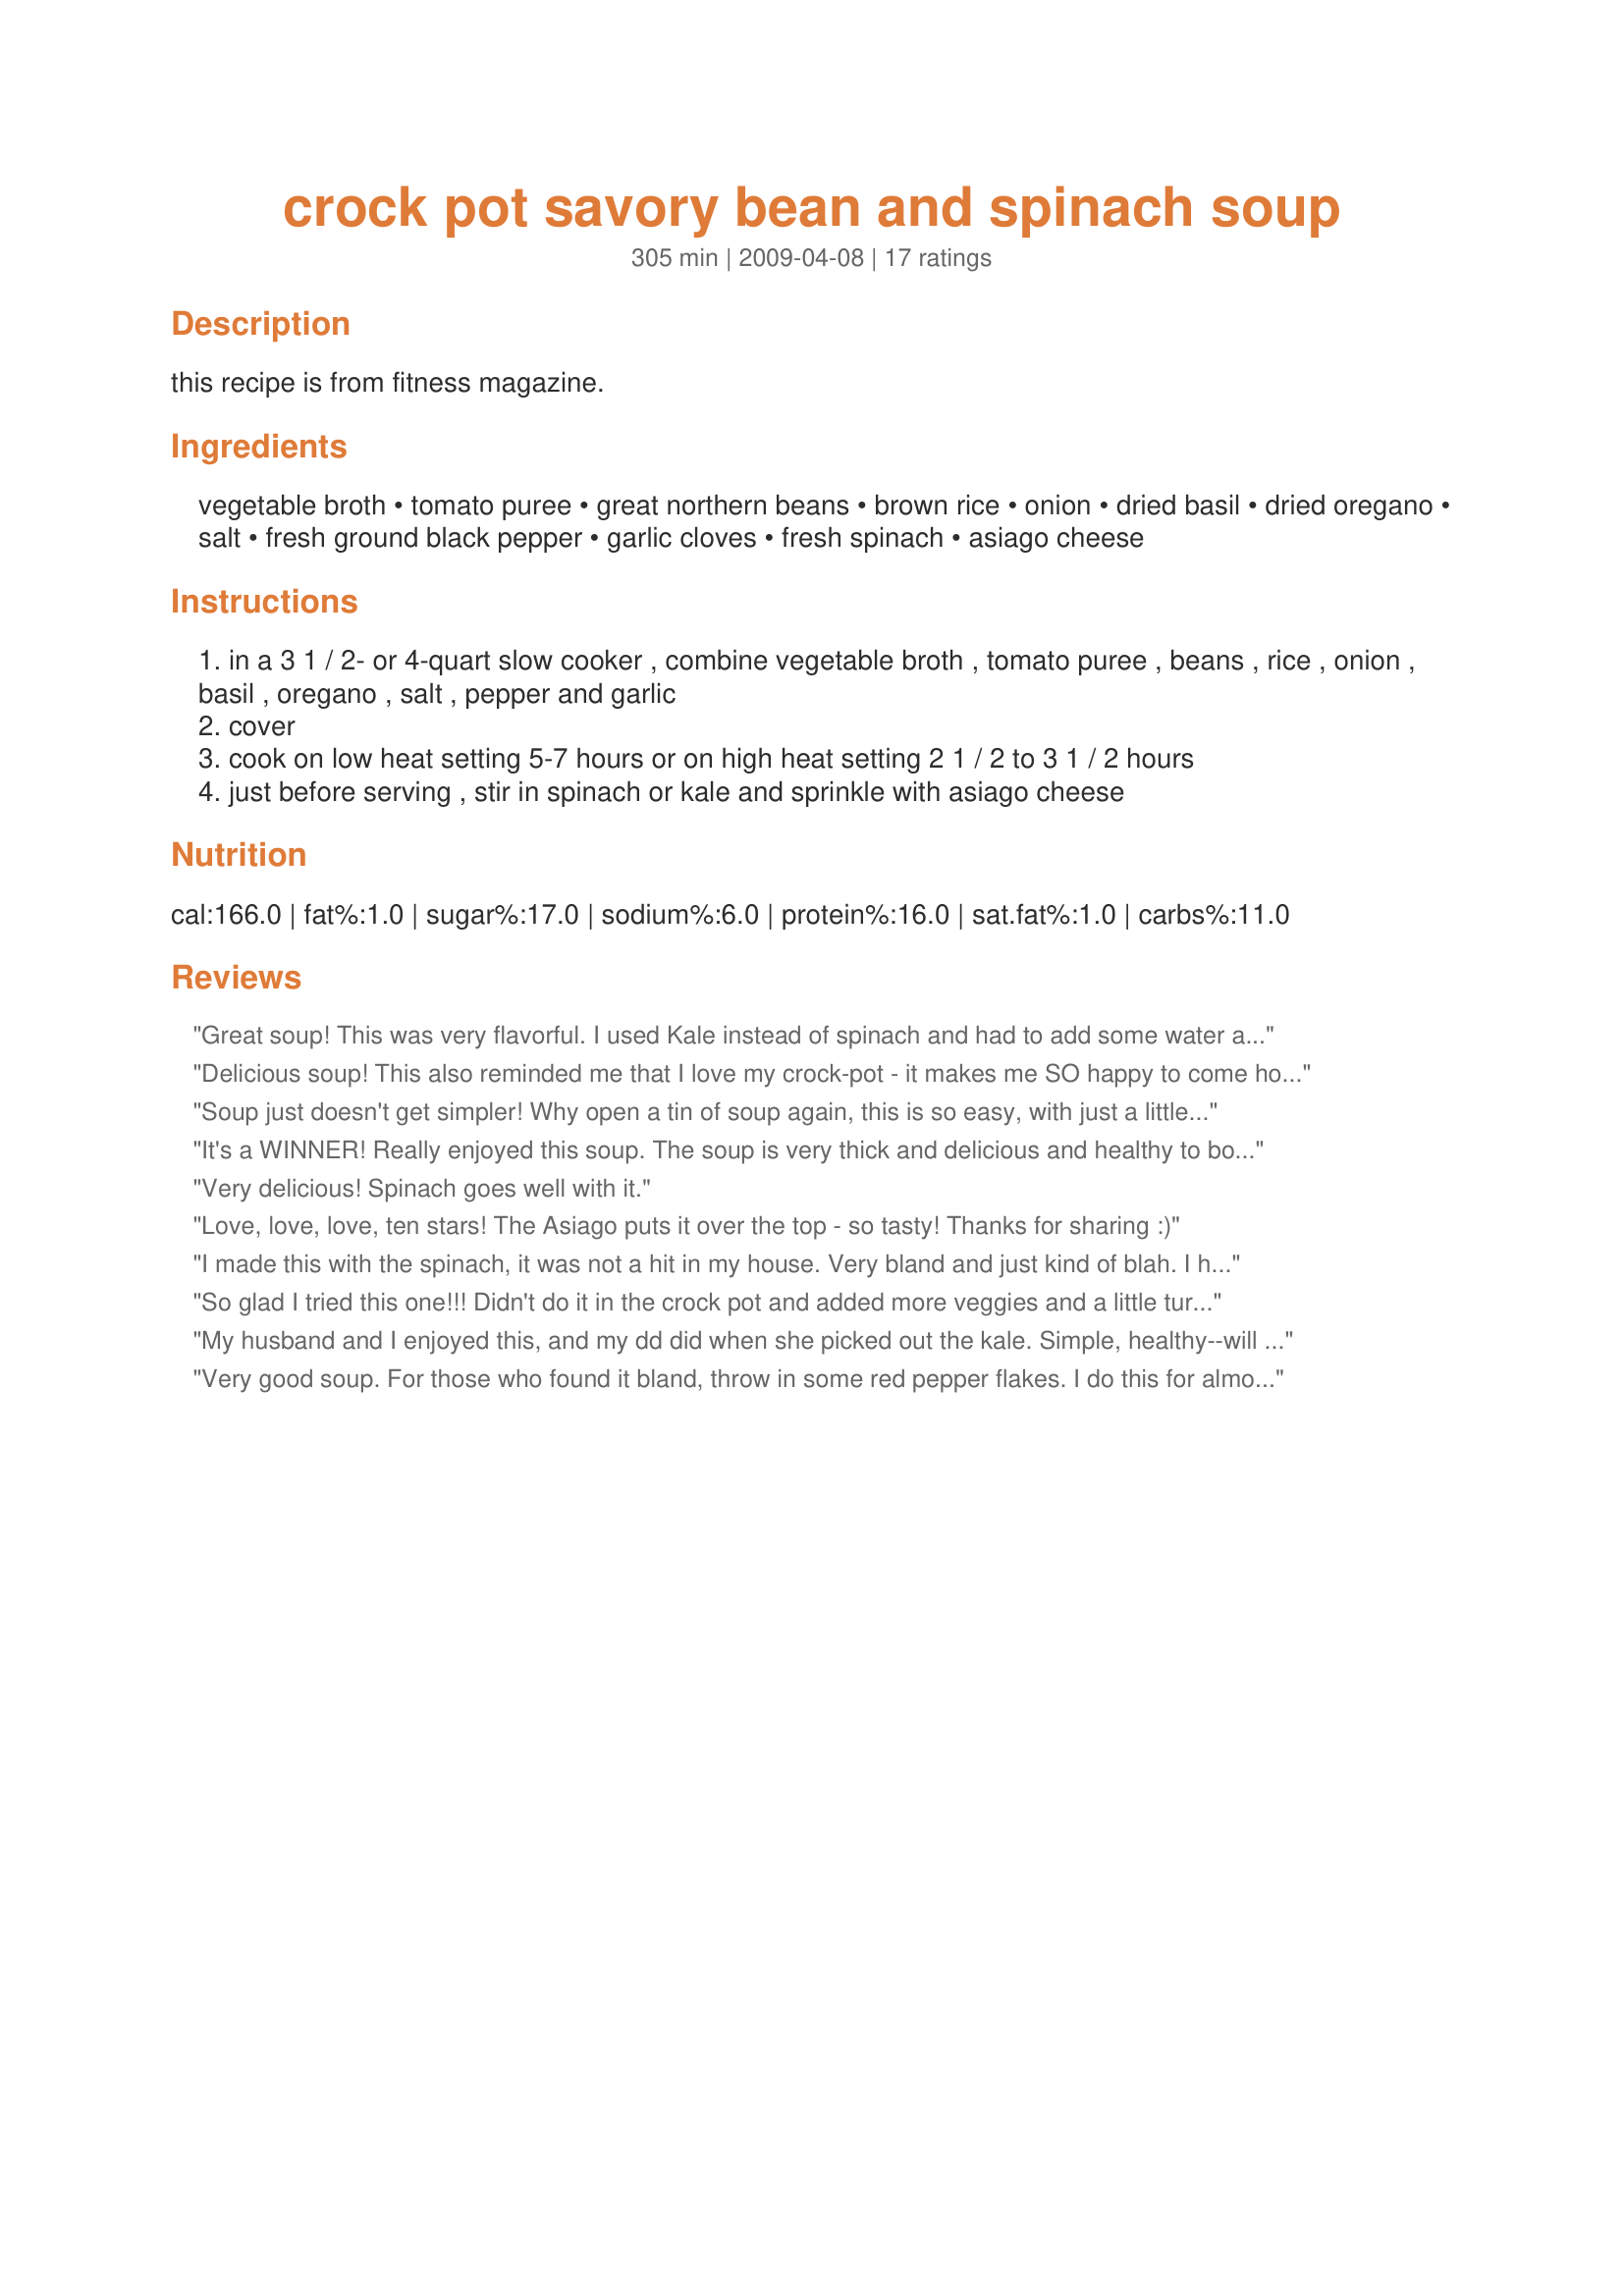
crock pot savory bean and spinach soup
Preparation time: 305 minutes

this recipe is from fitness magazine.

Ingredients:
vegetable broth, tomato puree, great northern beans, brown rice, onion, dried basil, dried oregano, salt, fresh ground black pepper, garlic cloves, fresh spinach, asiago cheese

Steps:
in a 3 1 / 2- or 4-quart slow cooker , combine vegetable broth , tomato puree , beans , rice , onion , basil , oregano , salt , pepper and garlic
cover
cook on low heat setting 5-7 hours or on high heat setting 2 1 / 2 to 3 1 / 2 hours
just before serving , stir in spinach or kale and sprinkle with asiago cheese

Reviews:
Great soup! This was very flavorful. I used Kale instead of spinach and had to add some water as it was getting too thick. Next time I will add more beans and maybe zucchini. Thanks Lainey!
Delicious soup! This also reminded me that I love my crock-pot - it makes me SO happy to come home and NOT have to cook sometimes! Very easy to put together, great flavor, smelled awesome, and cheap too! I used a package of frozen chopped spinach that I thawed out. My BF liked it, but when I mentioned that it would be good with some italian sausage thrown in, he LOVED that idea. May try that next time.
Soup just doesn't get simpler! Why open a tin of soup again, this is so easy, with just a little prep. To be perfectly honest I didn't expect this to be as good as it is, because the ingredients are so simple. But I love it! I followed the recipe exactly, only I was out of those beans and used a tin of black beans instead. Throwing this all into the crock pot really did only take 10 minutes. And it's been on high for about 3 1/2 hours (at 2 1/2 the rice wasn't quite cooked). For me this looks like 4 good sized portions. Thanks Lainey, this is a keeper. :)
It's a WINNER! Really enjoyed this soup. The soup is very thick and delicious and healthy to boot. The only changes I made were to sub crushed tomatoes for puree and to use a cup of frozen chopped spinach instead of fresh (still added it at the end of cooking). Mine too took 3.5 hours to get the rice completed cooked and to be honest, my onion still wasn't complete softened. I skipped the cheese which made this a fabulous vegan lunch. I think you could easily add zucchini to this soup. THANKS!
Very delicious! Spinach goes well with it.
Love, love, love, ten stars! The Asiago puts it over the top - so tasty! Thanks for sharing :)
I made this with the spinach, it was not a hit in my house. Very bland and just kind of blah. <br/>I have enough left over for dinner again. We wont waste it, but I will not make this again.
So glad I tried this one!!! Didn't do it in the crock pot and added more veggies and a little turkey for protein and it was just delicious!!!
My husband and I enjoyed this, and my dd did when she picked out the kale. Simple, healthy--will definitely make it again!
Very good soup. For those who found it bland, throw in some red pepper flakes. I do this for almost all my soups.
This was very good. Even my 8 yr old ate two bowls. (yeah right, spinach?...ewwwww!) I added a bit of salsa and bacon and omitted the rice. (don't care for rice) Plus, the cheese I used was a different white melting cheese b/c I have never seen Asiago sold here. This will be served in my kitchen again. Thanks!
This was just fine. Very hearty but pretty bland. Not sure why it had to be cooked in the crock pot since the flavors weren't very complicated and nothing seemed to benefit from sitting together for several hours. Wasn't a bad soup but nothing stood out to me to want to make it again.
Great flavorful and easy recipe. I have made this multiple times. Delish!
I liked the addition of spinach towards the end . . . it was so fresh and healthy. I thought the taste was sort of bland, but I really like spicy foods so that might be it. My husband thought it was good. Again, I used quinoa, so not sure if that changed the taste of it or not.
This was a great soup - very easy to make and healthy, and delicious. I used lentils (cooked) instead of the rice since I was out of brown rice, and used kale instead of spinach, because it holds up better in a soup, and I like the change. I do agree with other reviews that this does not need to be made in the slow cooker, but for convenience it's a great method for sure.
This is a good soup and so easy to prepare. I used frozen spinach and added just before the soup was done. Thanks for the recipe.
Delicious! I cooked it on low all day and added the spinach. Very good soup!
